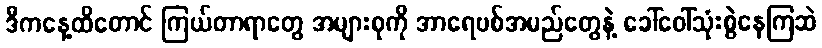
ဒီကနေ့ထိတောင် ကြယ်တာရာတွေ အများစုကို အာရေဗစ်အမည်တွေနဲ့ ခေါ်ဝေါ်သုံးစွဲနေကြဆဲ